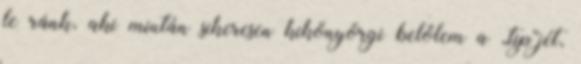
le ránk, aki miután sikeresen kikönyörgi belőlem a „tip”jét,